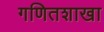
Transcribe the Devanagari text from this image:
गणितशाखा